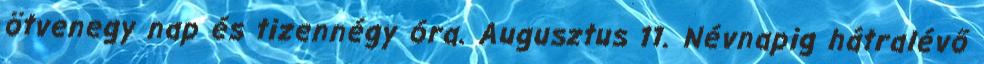
ötvenegy nap és tizennégy óra. Augusztus 11. Névnapig hátralévő